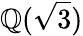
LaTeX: \mathbb{Q}({\sqrt{3}})